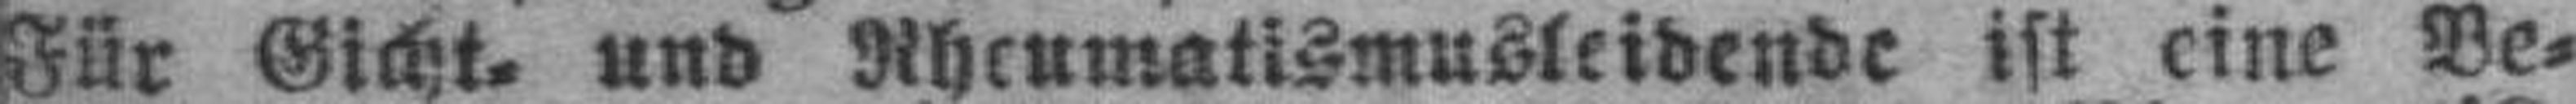
Für Gicht= und Rheumatismusleidende ist eine Be¬